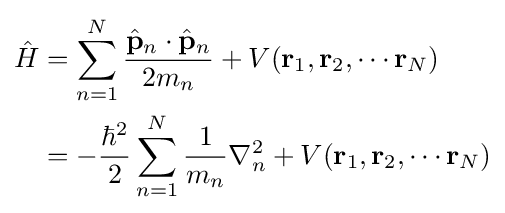
{\begin{aligned}{\hat {H}}&=\sum _{n=1}^{N}{\frac {{\hat {\mathbf {p} }}_{n}\cdot {\hat {\mathbf {p} }}_{n}}{2m_{n}}}+V(\mathbf {r} _{1},\mathbf {r} _{2},\cdots \mathbf {r} _{N})\\&=-{\frac {\hbar ^{2}}{2}}\sum _{n=1}^{N}{\frac {1}{m_{n}}}\nabla _{n}^{2}+V(\mathbf {r} _{1},\mathbf {r} _{2},\cdots \mathbf {r} _{N})\end{aligned}}